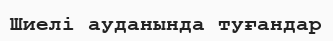
Шиелі ауданында туғандар